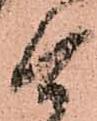
ケ